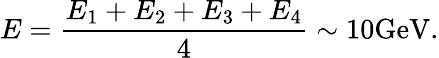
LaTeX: E=\frac{E_{1}+E_{2}+E_{3}+E_{4}}{4}\sim 10\mathrm{GeV}.